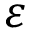
\varepsilon